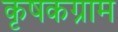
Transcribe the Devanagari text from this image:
कृषकग्राम